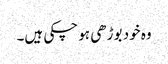
وہ خود بوڑھی ہو چکی ہیں۔